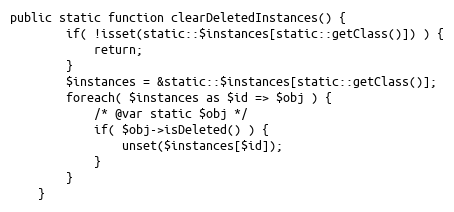
Language: PHP
public static function clearDeletedInstances() {
		if( !isset(static::$instances[static::getClass()]) ) {
			return;
		}
		$instances = &static::$instances[static::getClass()];
		foreach( $instances as $id => $obj ) {
			/* @var static $obj */
			if( $obj->isDeleted() ) {
				unset($instances[$id]);
			}
		}
	}